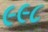
૯૯૮